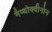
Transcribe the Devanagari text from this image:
नैप्थोक्वीनोन